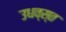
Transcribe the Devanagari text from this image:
उधव्स्त